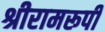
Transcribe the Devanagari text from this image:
श्रीरामरूपी